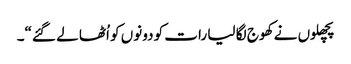
پچھلوں نے کھوج لگا لیا رات کو دونوں کو اُٹھا لے گئے“۔